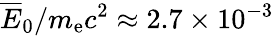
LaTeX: \overline{E}_{0}/m_{\mathrm{e}}c^{2}\approx 2.7\times 10^{-3}